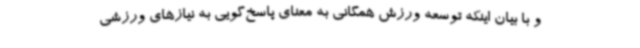
و با بیان اینکه توسعه ورزش همگانی به معنای پاسخ‌گویی به نیازهای ورزشی